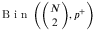
\mathrm { ~ B ~ i ~ n ~ } \left( \binom { N } { 2 } , p ^ { + } \right)